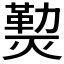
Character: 𰟝